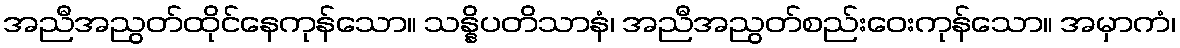
အညီအညွတ်ထိုင်နေကုန်သော။ သန္နိပတိသာနံ၊ အညီအညွတ်စည်းဝေးကုန်သော။ အမှာကံ၊